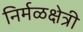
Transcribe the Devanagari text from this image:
निर्मळक्षेत्री